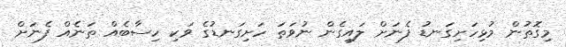
މިގޮތުން މުޅިހަށިގަނޑު ފެނަށް ލައިގެން ނުވަތަ ހަށިގަނޑުގެ ވަކި ހިސާބެއް ތަނެއް ފެނަށް